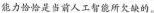
能力恰恰是当前人工智能所欠缺的。